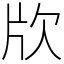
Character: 㸝